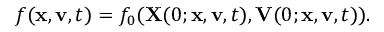
\begin{array} { r } { f ( \mathbf { x } , \mathbf { v } , t ) = f _ { 0 } ( \mathbf { X } ( 0 ; \mathbf { x } , \mathbf { v } , t ) , \mathbf { V } ( 0 ; \mathbf { x } , \mathbf { v } , t ) ) . } \end{array}